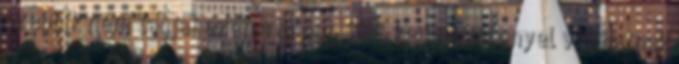
szebbik nem tagjai ezen a napon 50% kedvezménnyel válthatnak